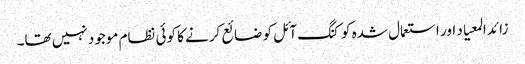
زائد المعیاد اور استعمال شدہ کوکنگ آئل کو ضائع کرنے کا کوئی نظام موجود نہیں تھا۔